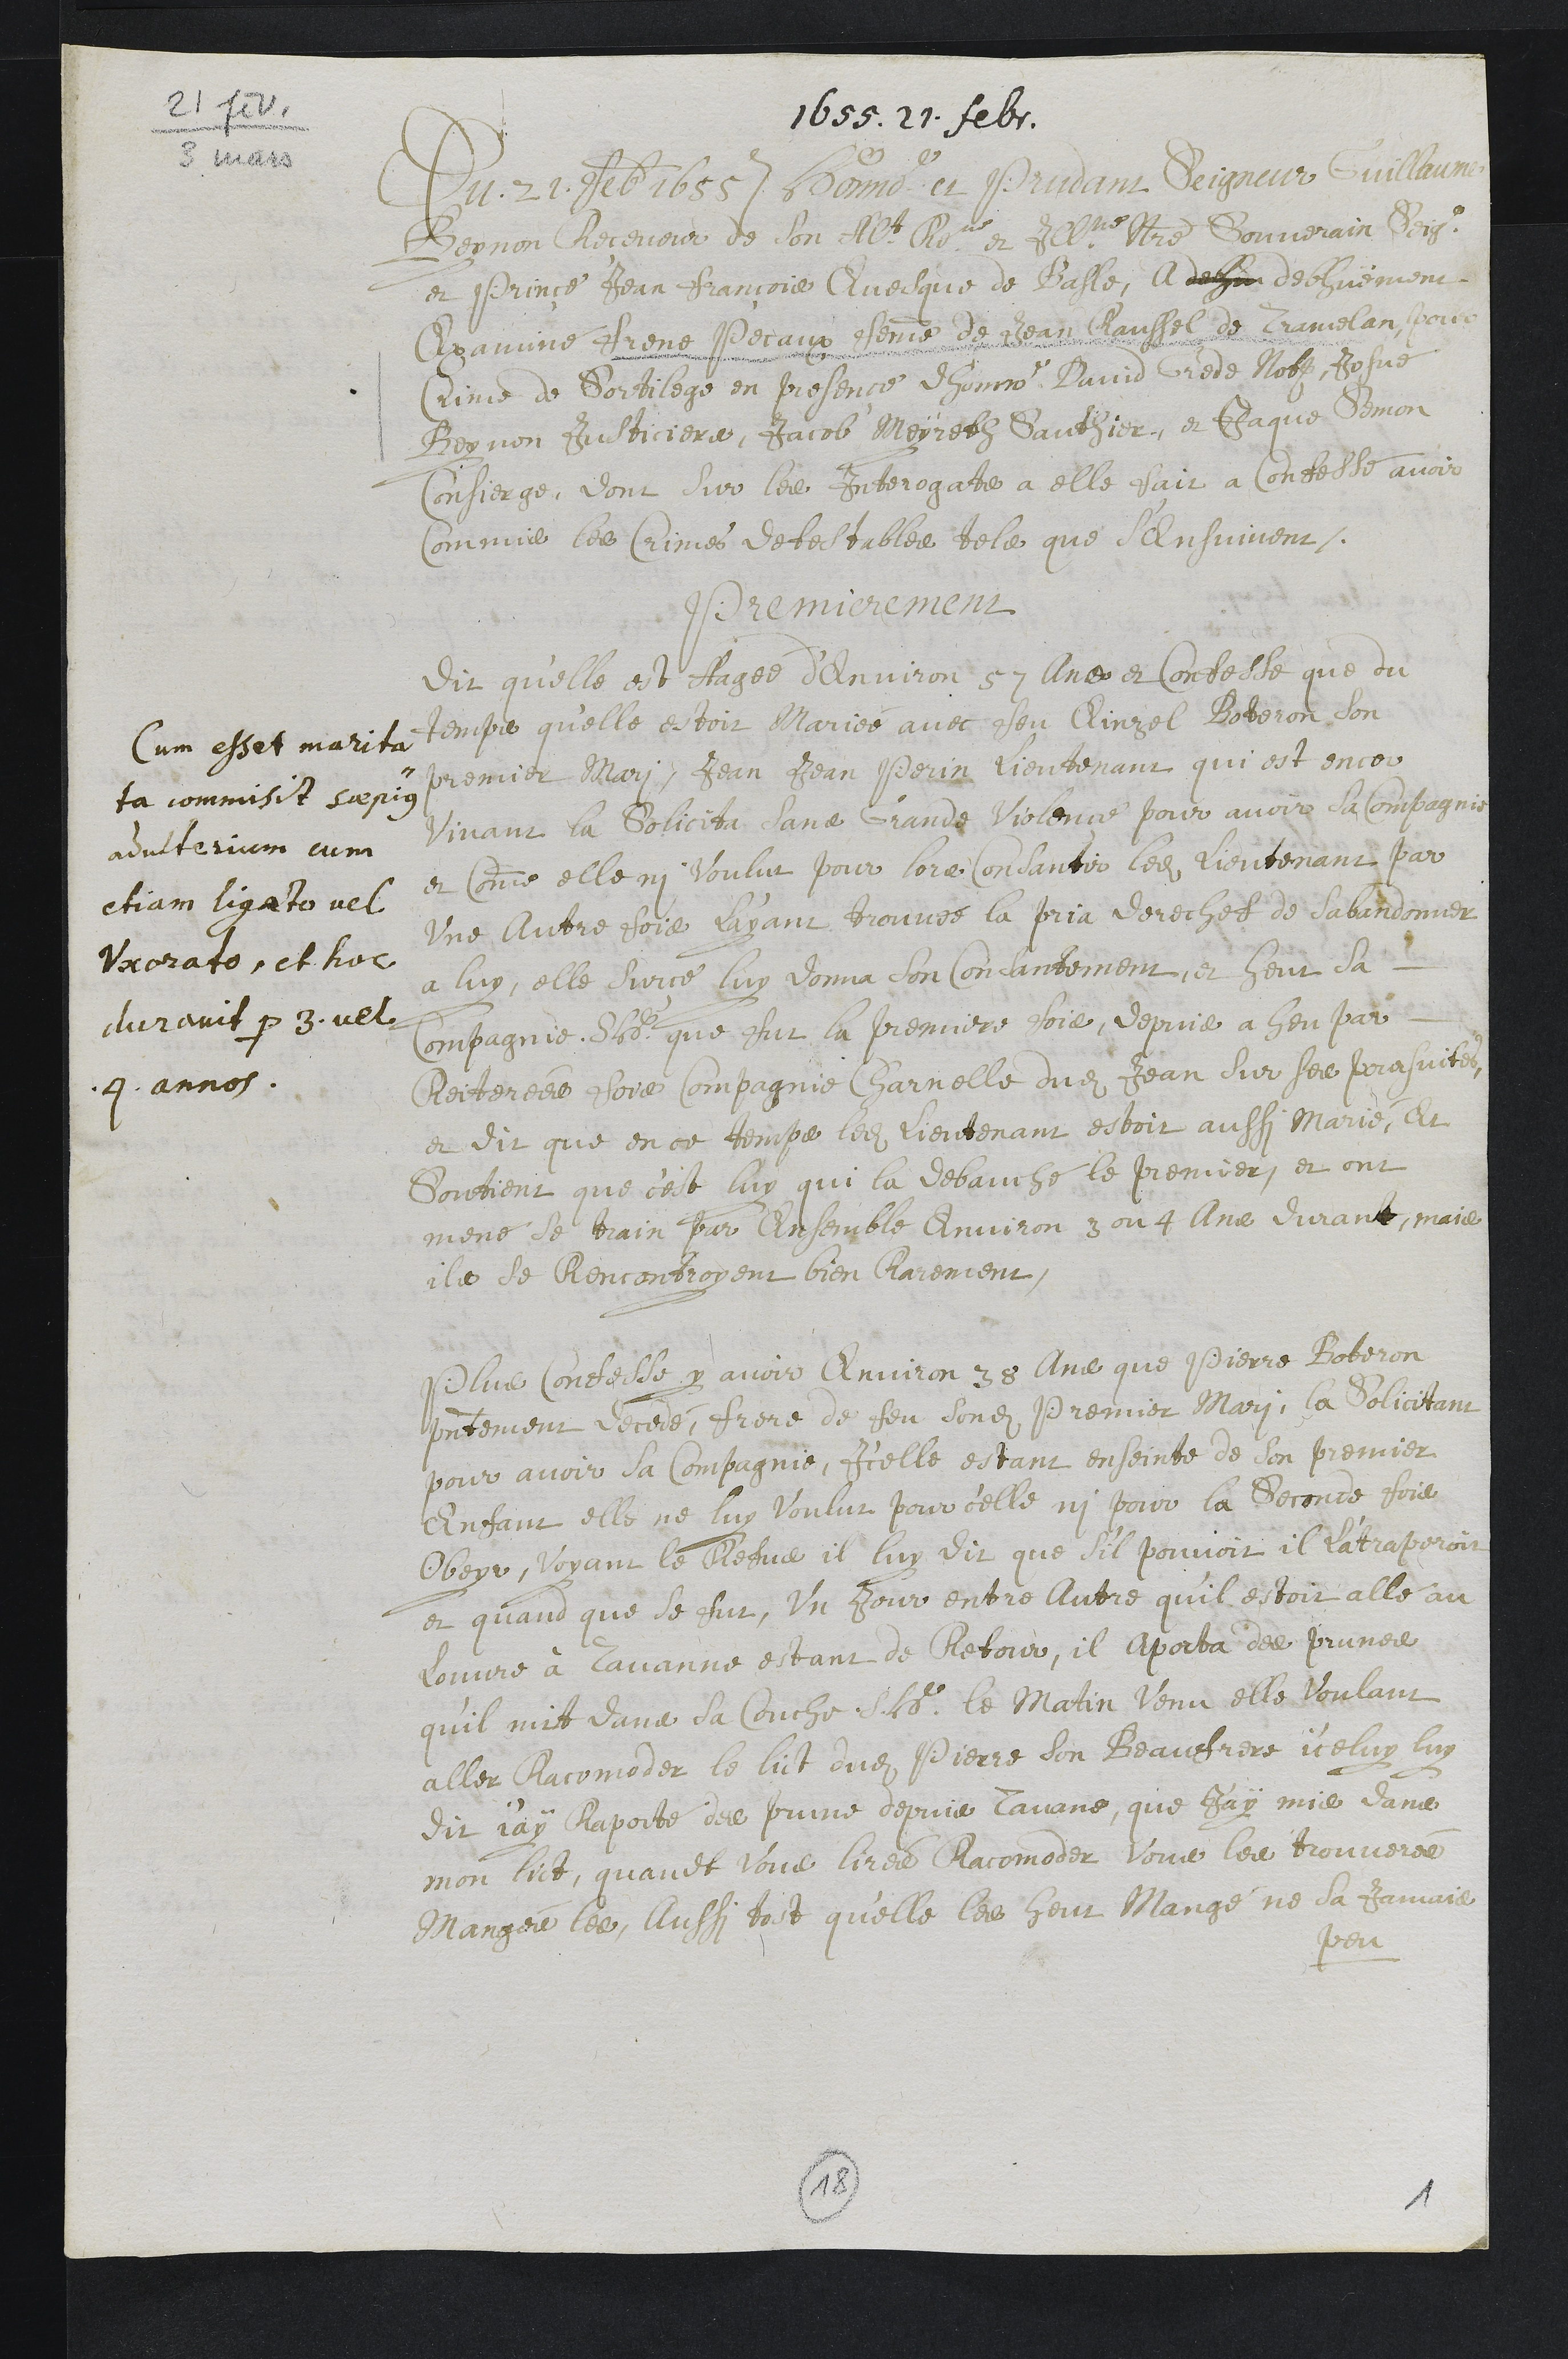
21 fev. / 3 mars
1655. 21. febr.
Du 21. feb 1655. Honno et Prudent Seigneur Guillaume
Beynon Receveur de son Altesse Reme et Illme Souverain Seigr
et Prince, Jean François Evesque de Basle, A debhu debhuement
Examine Frene Pecaux femme de Jean Raussel de Tramelan, pour
Crime de Sortilege en presence dhonnoe David Grede Not Josué
Beynon justiciers, Jacob Meyreth Sauthier, et Jaque Semon
Consierge, dont sur les interrogats a elle fait a Confesse avoir
commis les crimes detestables tels que s'ensuivent.
Premierement
Cum esset marita¬
ta commisit saepius
adulterium cum
etiam ligato vel
Vxorato, et hoc
duravit per 3 vel
4 annos.
Dit qu’elle est Aagée d’environ 57 ans et Confesse que du
temps qu’elle estoit mariée avec feu Einzel Boberon son
premier mari, Jean Jean Perin lieutenant qui est encor
vivant la solicita sans Grande Violence pour avoir sa compagnie
et comme elle ni voulut pour lors consantir ledit lieutenant par
une autre fois l'ayant trouvée la pria derechef de sabandonner
a luy, elle surce luy donna son consantement et heut sa
compagnie S.H. que fut la premiere fois, Depuis a heu par
Reiterées fois compagnie charnelle dudit Jean sur ses poursuites
et dit que en ce temps ledit Lieutenant estoit aussi Marié, et
soutient que c'est luy qui la debauché le premier, et ont
mené se train par ensemble environ 3 ou 4 ans durant, mais
ils se Rencontroyent bien Rarement.
Plus confesse y avoir environ 38 ans que Pierre Boberon
presentement decedé, frere de feu sondit Premier mari, la solicitant
pour avoir sa compagnie, icelle estant enseinte de son premier
enfant elle ne luy voulut pour celle ni pour la seconde fois
obeyr, Voyant le Refus, il luy dit que s’il pouvoit, il l'atraperoit
et quand que se fut, un jour entre autre qu’il estoit alle au
louvre à Tavanne estant de Retour, il aporta des prunes
qu’il mit dans sa couche S. H. le matin venu elle voulant
aller Racomoder le lict dudit Pierre son beaufrere, iceluy luy
dit jay Raporté des prune depuis Tavane, que Jay mis dans
mon lict, quandt Vous lirés racomoder Vous les trouverés
Mangés les, Aussi tost qu'elle les heut mangé ne sa Jamais
peu
18
1